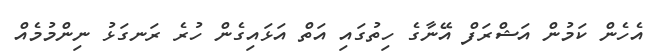
އެހެން ކަމުން އަޝްރަފް އޭނާގެ ހިތުގައި އަތް އަޅައިގެން ހުރެ ރަނގަޅު ނިންމުމެއް